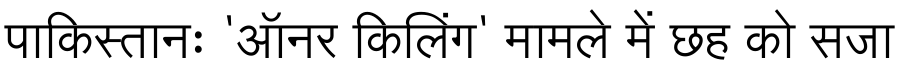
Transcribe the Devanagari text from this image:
पाकिस्तानः 'ऑनर किलिंग' मामले में छह को सजा